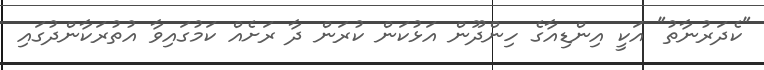
"ކެދަރުނާތު" އަކީ އިންޑިއާގެ ހިންދޫން އަޅުކަން ކުރަން ދާ ރަށެއް ކަމުގައިވާ އުތުރަކާންދުގައި